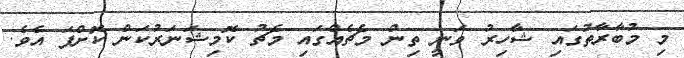
މި މުބާރާތުގައި ޝާހިރު ވަނީ ތިން މެޗެއްގައި މެޗު ކޮމިޝަނަރުކަން ކޮށްފަ އެވެ.